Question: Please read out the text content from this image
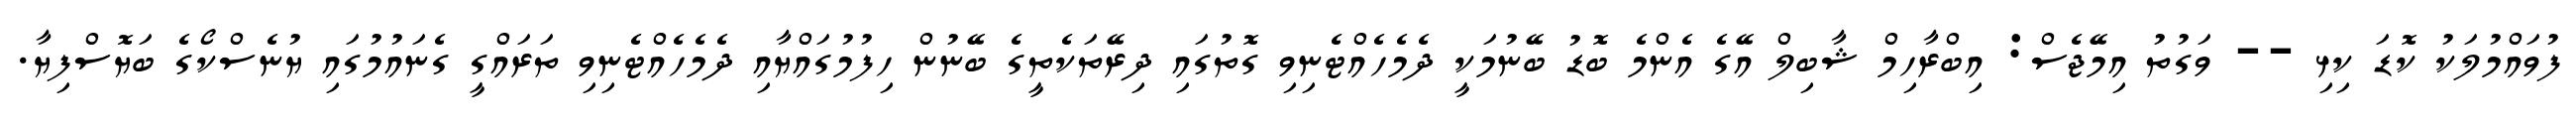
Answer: ފުވައްމުލަކު ކޮޑަ ކިޅި -- ވަގުތު އިމޭޖެސް: އިބްރާހިމް ޝާބިލް އޭގެ އެންމެ ބޮޑު ބޭނުމަކީ ދެމެހެއްޓެނިވި ގޮތުގައި ދިރޭތަކެތީގެ ބޭނުން ހިފުމުގައްޔާއި ދެމެހެއްޓެނިވި ތަރައްގީ ގެނައުމުގައި ޔުނެސްކޯގެ ބަޔޮސްފިޔާ.